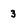
Character: 3